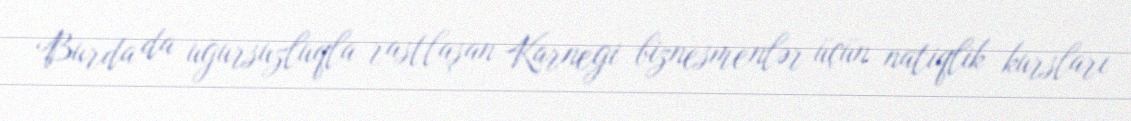
Burda da uğursuzluqla rastlaşan Karnegi biznesmenlər üçün natiqlik kursları